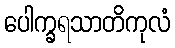
ပေါက္ခရသာတိကုလံ